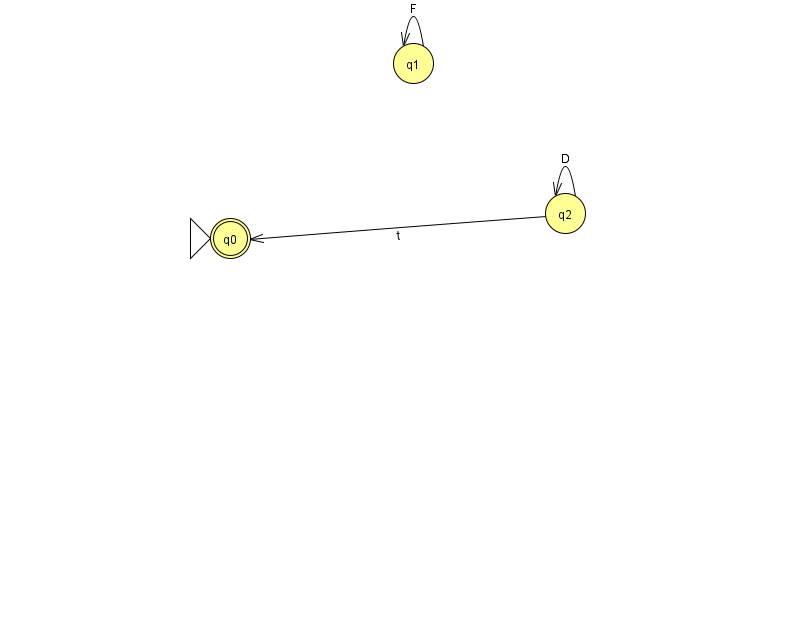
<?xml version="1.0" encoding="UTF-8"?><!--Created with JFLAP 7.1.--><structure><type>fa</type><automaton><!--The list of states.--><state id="0" name="q0"><x>230.0</x><y>225.0</y><initial/><final/></state><state id="1" name="q1"><x>413.0</x><y>50.0</y></state><state id="2" name="q2"><x>565.0</x><y>200.0</y></state><!--The list of transitions.--><transition><from>2</from><to>2</to><read>D</read></transition><transition><from>1</from><to>1</to><read>F</read></transition><transition><from>2</from><to>0</to><read>t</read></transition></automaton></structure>